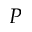
P